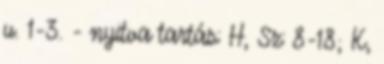
u. 1-3. - nyitva tartás: H, Sz: 8-18; K,